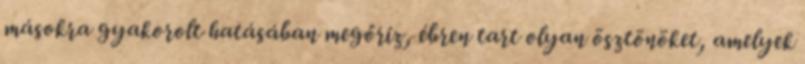
másokra gyakorolt hatásában megőriz, ébren tart olyan ösztönöket, amelyek